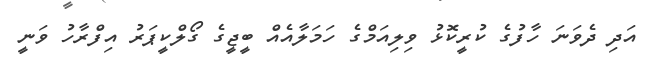
އަދި ދެވަނަ ހާފުގެ ކުރީކޮޅު ވިލިއަމްގެ ހަމަލާއެއް ބީޖީގެ ގޯލްކީޕަރު އިފްރާހު ވަނީ